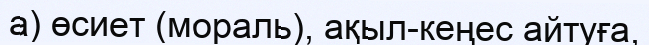
а) өсиет (мораль), ақыл-кеңес айтуға,